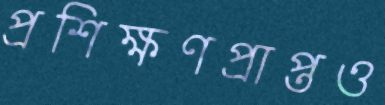
প্রশিক্ষণপ্রাপ্তও